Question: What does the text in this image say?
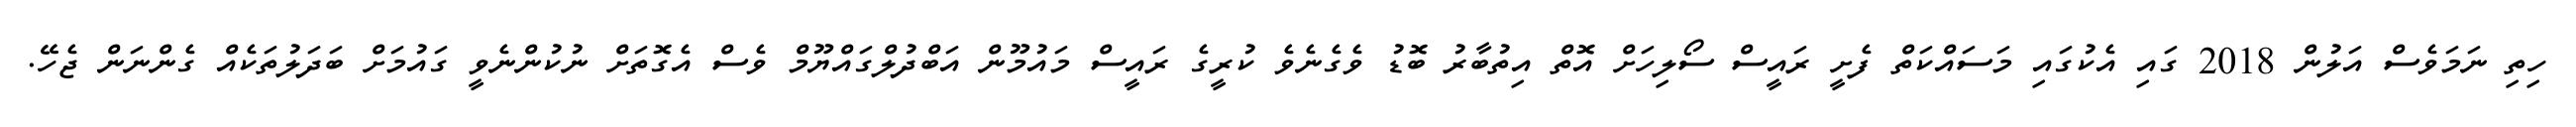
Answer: ހިތި ނަމަވެސް އަލުން 2018 ގައި އެކުގައި މަސައްކަތް ފެށީ ރައީސް ސޯލިހަށް އޮތް އިތުބާރު ބޮޑު ވެގެނެވެ ކުރީގެ ރައީސް މައުމޫން އަބްދުލްގައްޔޫމް ވެސް އެގޮތަށް ނުކުންނެވީ ގައުމަށް ބަދަލުތަކެއް ގެންނަން ޖެހޭ.